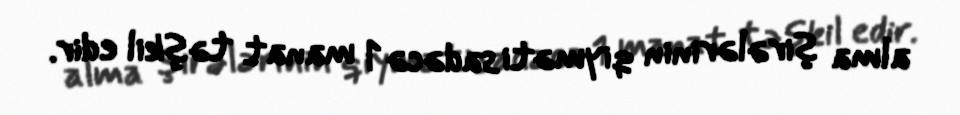
alma şirələrinin qiyməti sadəcə 1 manat təşkil edir.